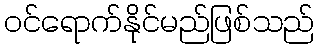
ဝင်ရောက်နိုင်မည်ဖြစ်သည်